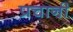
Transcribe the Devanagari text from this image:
प्रचानी